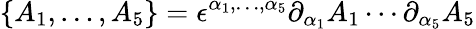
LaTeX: \{ A_{1},\dots,A_{5}\} =\epsilon^{\alpha_{1},\dots,\alpha_{5}}\partial_{\alpha_{1}}A_{1}\cdots\partial_{\alpha_{5}}A_{5}